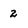
Character: 2